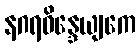
နဂရဝိန္ဒေယျကေ